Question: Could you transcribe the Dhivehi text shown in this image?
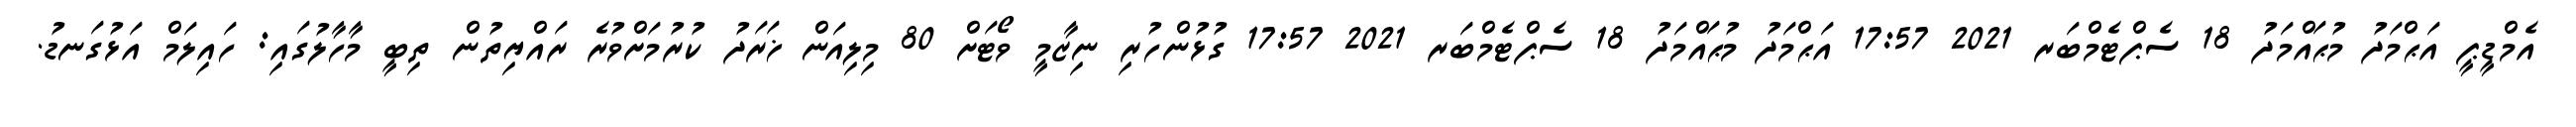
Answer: އެމްޑީޕީ އަޙްމަދު މުޙައްމަދު 18 ސެޕްޓެމްބަރ 2021 17:57 އަޙްމަދު މުޙައްމަދު 18 ސެޕްޓެމްބަރ 2021 17:57 ގުޅުންހުރި ނިޒާމީ ވޯޓަށް 80 މިލިއަން ޚަރަދު ކުރުމަށްވުރެ ރައްޔިތުން ތިބީ މާހާލުގައި: ހައިލަމް އަޅުގަނޑު.